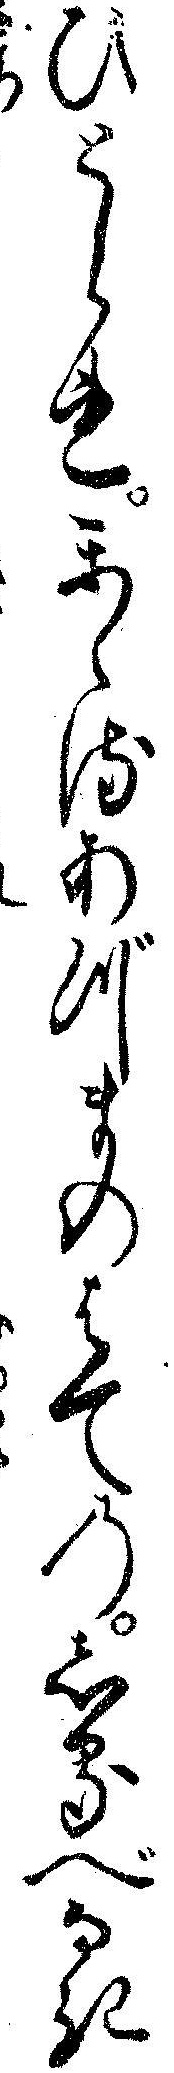
ひとられかゝるあづまのはてのしるべなき